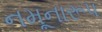
નમૂનારૂપ